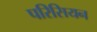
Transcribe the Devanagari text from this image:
परिसियन